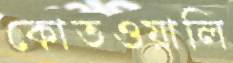
কোতওয়ালি